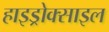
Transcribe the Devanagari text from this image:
हाइड्रोक्साइल